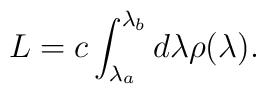
L =c \int_{\lambda _a}^{\lambda _b} d\lambda  \rho (\lambda ).